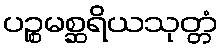
ပဉ္စမစ္ဆရိယသုတ္တံ